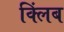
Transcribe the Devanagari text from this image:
क्लिंब